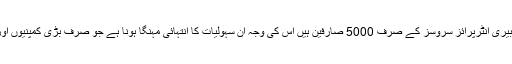
واضح رہے کہ پاکستان میں بلیک بیری انٹرپرائز سروسز کے صرف 5000 صارفین ہیں اس کی وجہ ان سہولیات کا انتہائی مہنگا ہونا ہے جو صرف بڑی کمپنیوں اور سفارتخانوں کے ہی بس میں ہے۔